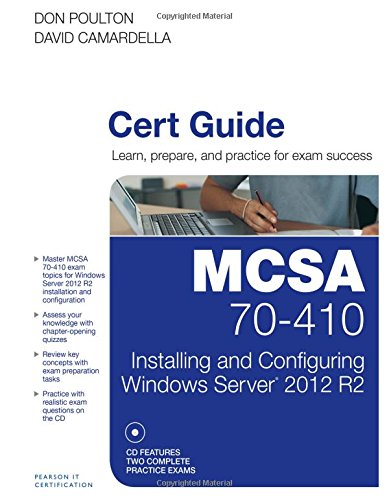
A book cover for MCSA 70-410 Cert Guide R2: Installing and Configuring Windows Server 2012; Don Poulton; Computers & Technology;